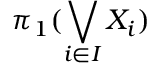
\pi _ { 1 } ( \bigvee _ { i \in I } X _ { i } )